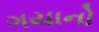
ગયાનો